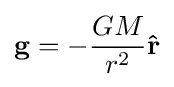
\mathbf {g} =-{GM \over r^{2}}\mathbf {\hat {r}}